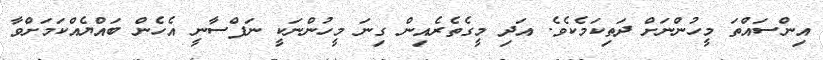
އިންސައްތަ މީހުންނަށް ދަތިކަމެކެވެ. އަދި މީގެތެރެއިން ގިނަ މީހުންނަކީ ނަފްސާނީ އެހެން ބައްޔެއްކަމަށްވާ